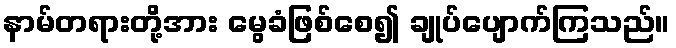
နာမ်တရားတို့အား မွေခံဖြစ်စေ၍ ချုပ်ပျောက်ကြသည်။